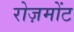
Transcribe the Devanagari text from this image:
रोज़मोंट